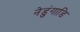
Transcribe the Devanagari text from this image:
नेडुंगाडि